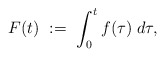
\begin{align*}F(t)\ :=\ \int_0^tf(\tau)\;d\tau,\end{align*}